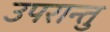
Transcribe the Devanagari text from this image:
उपरान्तु